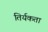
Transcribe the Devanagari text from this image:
तिर्यकता